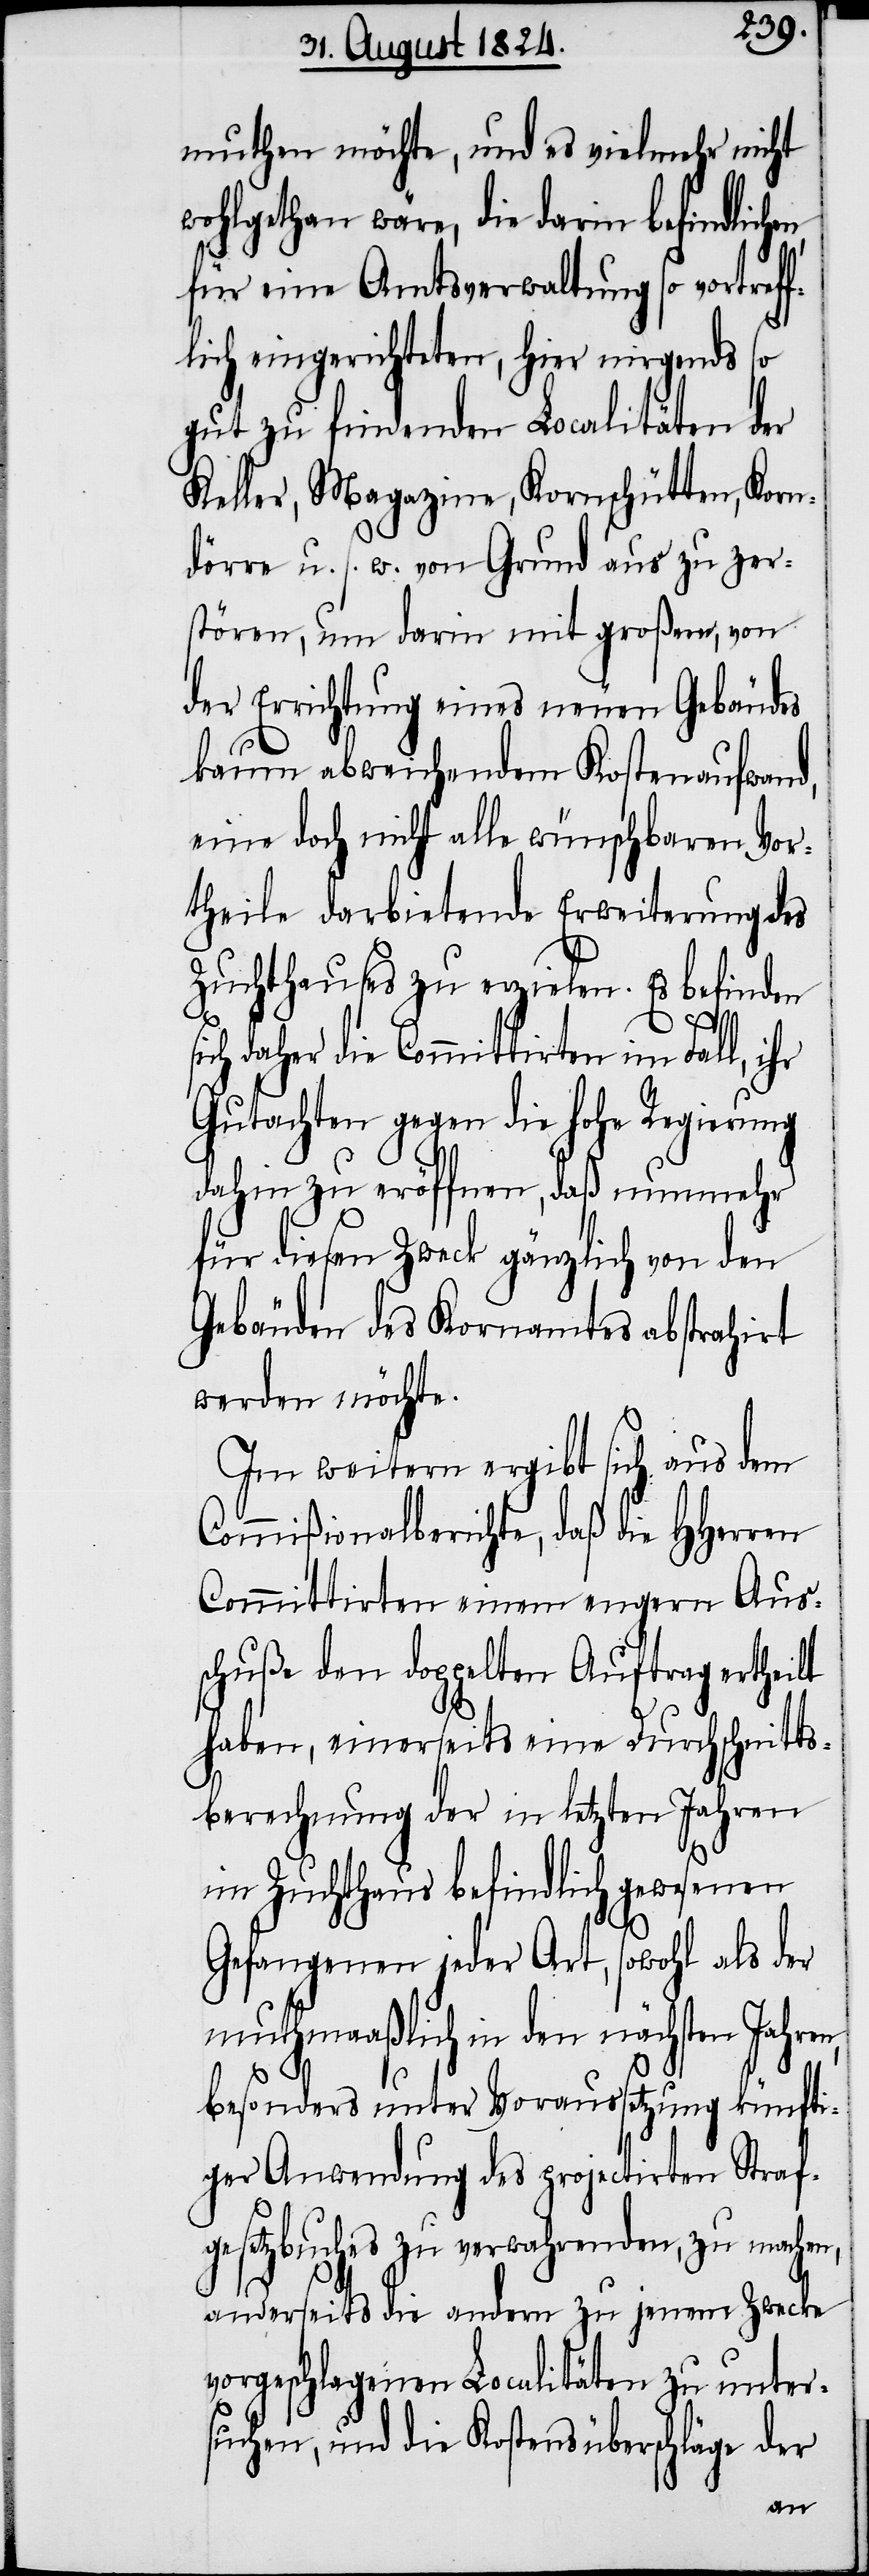
muthen möchte, und es vielmehr nicht
wohlgethan wäre, die darin befindlichen,
für eine Amtsverwaltung so vortref¬
flich eingerichteten, hier nirgends so
gut zu findenden Localitäten der
Keller, Magazine, Kornschütten, Korn¬
dörre u. s. w. von Grund aus zu zer¬
stören, um darin mit großem, von
der Errichtung eines neuen Gebäudes
kaum abweichenden Kostenaufwand,
eine doch nicht alle wünschbaren Vor¬
theile darbietende Erweiterung des
Zuchthauses zu erzielen. Es befinden
s¬
ich daher die Committirten im Fall, ihr
Gutachten gegen die hohe Regierung
dahin zu eröffnen, daß nunmehr
für diesen Zweck gänzlich von den
Gebäuden des Kornamtes abstrahirt
werden möchte.
Im weitern ergibt sich aus dem
Commißionalberichte, daß die HHerren
Committirten einem engern Aus¬
schuße den doppelten Auftrag ertheilt
haben, einerseits eine Durchschnitts¬
berechnung der in letzten Jahren
im Zuchthaus befindlich gewesenen
Gefangenen jeder Art, sowohl als der
muthmaßlich in den nächsten Jahren,
besonders unter Voraussetzung künfti¬
ger Anwendung des projectirten Straf¬
gesetzbuches zu verwahrenden, zu machen,
anderseits die andern zu jenem Zwecke
vorgeschlagenen Localitäten zu unter¬
suchen, und die Kostensüberschläge der